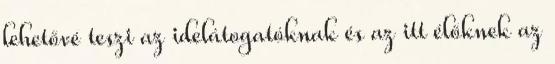
lehetővé teszi az idelátogatóknak és az itt élőknek az